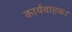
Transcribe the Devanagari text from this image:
कार्यवाहक।